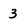
Character: 3